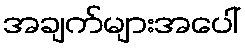
အချက်များအပေါ်